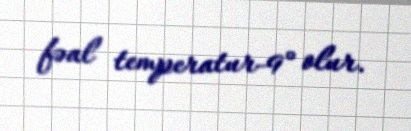
fəal temperatur-9° olur.